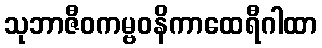
သုဘာဇီဝကမ္ဗဝနိကာထေရီဂါထာ